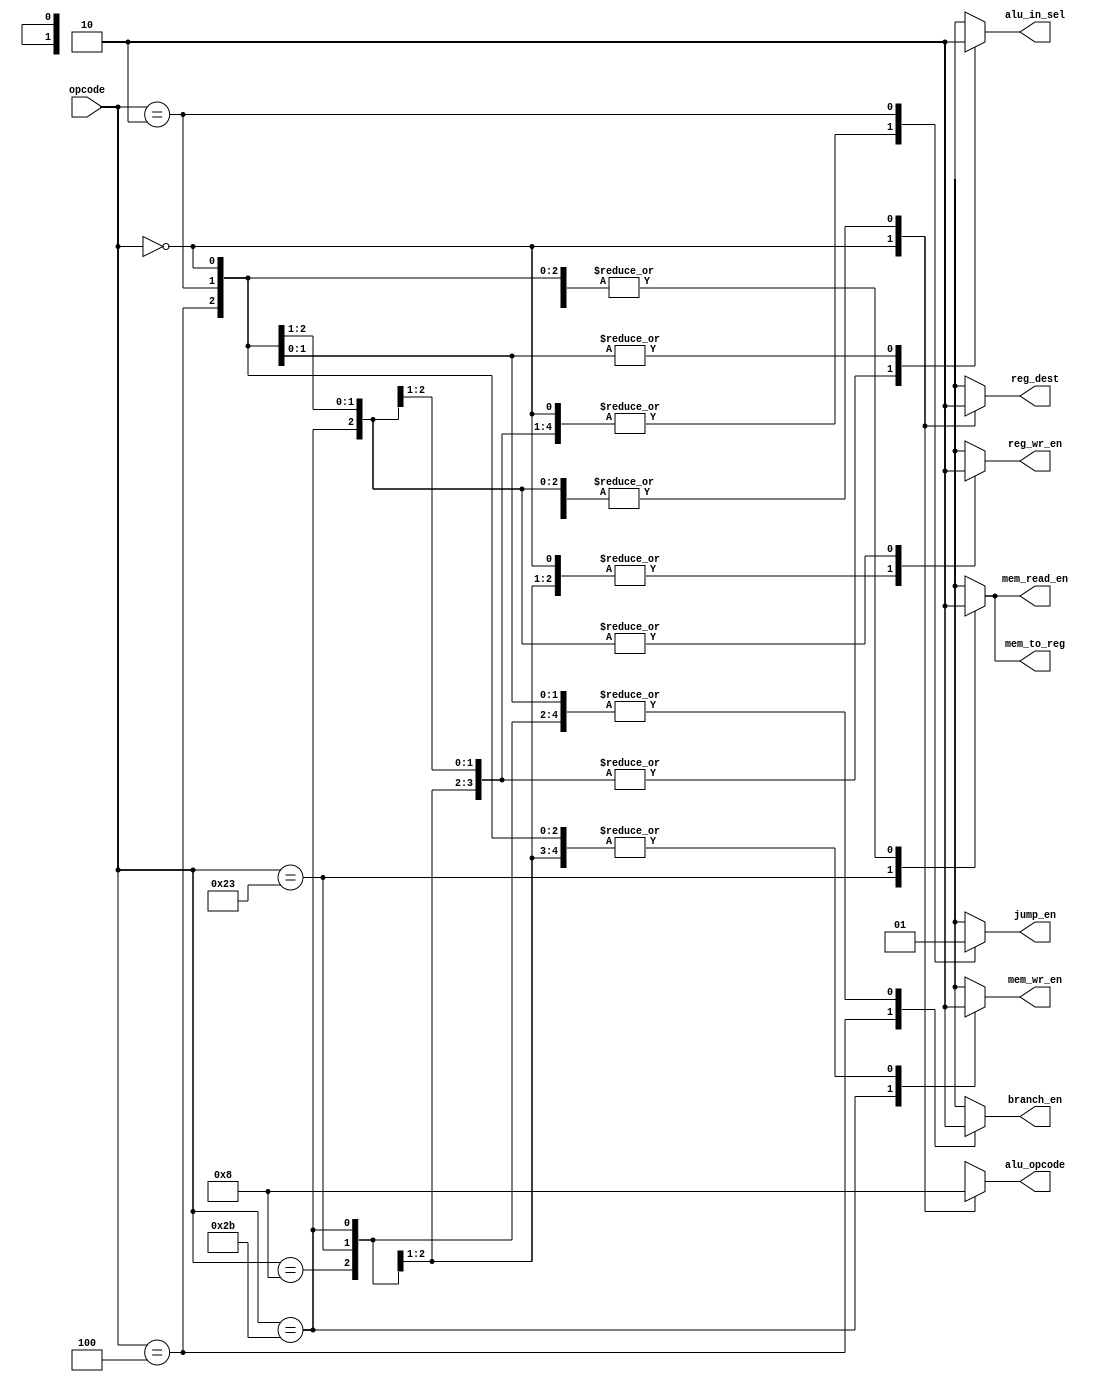
// MIPS Control Logic
// Nicolas Rodriguez
// Nov 23, 2020

module control_logic(opcode,
                     reg_wr_en,
                     reg_dest,
                     mem_wr_en,
                     mem_to_reg,
                     mem_read_en,
                     alu_opcode,
                     alu_in_sel,
                     jump_en,
                     branch_en
                    );
// i/o
input wire [5:0] opcode;

output reg  reg_wr_en,
            reg_dest,
            mem_wr_en,
            mem_to_reg,
            mem_read_en,
            alu_in_sel,
            jump_en,
            branch_en;

output reg [1:0] alu_opcode;

// logic
always @ ( * ) begin
    case (opcode)
        6'b00_0000: begin
            reg_wr_en       <= 1'b1;
            reg_dest        <= 1'b1;
            mem_wr_en       <= 1'b0;
            mem_to_reg      <= 1'b0;
            mem_read_en     <= 1'b0;
            alu_opcode      <= 2'b10;
            alu_in_sel      <= 1'b0;
            jump_en         <= 1'b0;
            branch_en       <= 1'b0;
        end // add and sub

        6'b00_1000: begin
            reg_wr_en       <= 1'b1;
            reg_dest        <= 1'b0;
            mem_wr_en       <= 1'b0;
            mem_to_reg      <= 1'b0;
            mem_read_en     <= 1'b0;
            alu_opcode      <= 2'b00;
            alu_in_sel      <= 1'b1;
            jump_en         <= 1'b0;
            branch_en       <= 1'b0;
        end // addi

        6'b10_0011: begin
            reg_wr_en       <= 1'b1;
            reg_dest        <= 1'b0;
            mem_wr_en       <= 1'b0;
            mem_to_reg      <= 1'b1;
            mem_read_en     <= 1'b1;
            alu_opcode      <= 2'b00;
            alu_in_sel      <= 1'b1;
            jump_en         <= 1'b0;
            branch_en       <= 1'b0;
        end // lw

        6'b10_1011: begin
            reg_wr_en       <= 1'b0;
            reg_dest        <= 1'b0;
            mem_wr_en       <= 1'b1;
            mem_to_reg      <= 1'b0;
            mem_read_en     <= 1'b0;
            alu_opcode      <= 2'b00;
            alu_in_sel      <= 1'b1;
            jump_en         <= 1'b0;
            branch_en       <= 1'b0;
        end // sw

        6'b00_0100: begin
            reg_wr_en       <= 1'b0;
            reg_dest        <= 1'b0;
            mem_wr_en       <= 1'b0;
            mem_to_reg      <= 1'b0;
            mem_read_en     <= 1'b0;
            alu_opcode      <= 2'b00;
            alu_in_sel      <= 1'b1;
            jump_en         <= 1'b0;
            branch_en       <= 1'b1;
        end // beq

        6'b00_0010: begin
            reg_wr_en       <= 1'b0;
            reg_dest        <= 1'b0;
            mem_wr_en       <= 1'b0;
            mem_to_reg      <= 1'b0;
            mem_read_en     <= 1'b0;
            alu_opcode      <= 2'b00;
            alu_in_sel      <= 1'b0;
            jump_en         <= 1'b1;
            branch_en       <= 1'b0;
        end // j

        6'b11_1111: begin
            reg_wr_en       <= 1'bx;
            reg_dest        <= 1'bx;
            mem_wr_en       <= 1'bx;
            mem_to_reg      <= 1'bx;
            mem_read_en     <= 1'bx;
            alu_opcode      <= 2'bxx;
            alu_in_sel      <= 1'bx;
            jump_en         <= 1'bx;
            branch_en       <= 1'bx;
        end // halt

        default: begin
            reg_wr_en       <= 1'bx;
            reg_dest        <= 1'bx;
            mem_wr_en       <= 1'bx;
            mem_to_reg      <= 1'bx;
            mem_read_en     <= 1'bx;
            alu_opcode      <= 2'bxx;
            alu_in_sel      <= 1'bx;
            jump_en         <= 1'bx;
            branch_en       <= 1'bx;
        end // default
    endcase // opcode
end // always @ *

endmodule // control_logic